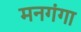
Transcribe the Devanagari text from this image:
मनगंगा